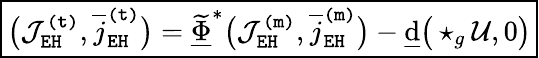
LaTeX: \boxed{\big(\mathcal{J}_{\mathtt{EH}}^{\mathtt{(t)}},\overline{{j}}_{\mathtt{EH}}^{\mathtt{(t)}}\big)=\underline{{\widetilde{\Phi}}}^{*}\big(\mathcal{J}_{\mathtt{EH}}^{\mathtt{(m)}},\overline{{j}}_{\mathtt{EH}}^{\mathtt{(m)}}\big)-\underline{{\mathrm{d}}}\big(\star_{g}\mathcal{U},0\big)}